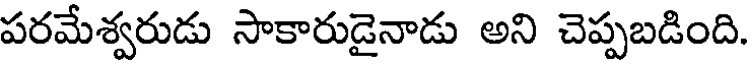
పరమేశ్వరుడు సాకారుడైనాడు అని చెప్పబడింది.